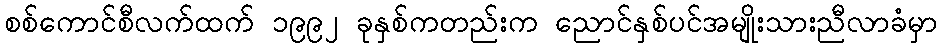
စစ်ကောင်စီလက်ထက် ၁၉၉၂ ခုနှစ်ကတည်းက ညောင်နှစ်ပင်အမျိုးသားညီလာခံမှာ